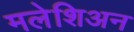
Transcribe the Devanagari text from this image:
मलेशिअन